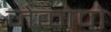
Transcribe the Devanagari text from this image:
जेकोपो